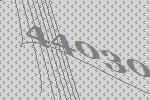
44030